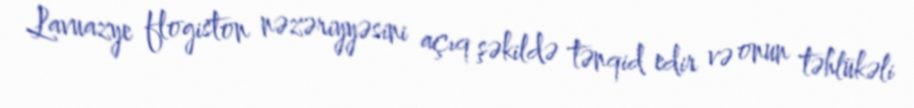
Lavuazye flogiston nəzəriyyəsini açıq şəkildə tənqid edir və onun təhlükəli